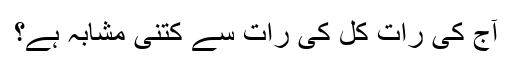
آج کی رات کل کی رات سے کتنی مشابہ ہے؟